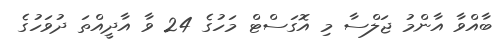
ބާއްވާ އާންމު ޖަލްސާ މި އޮގަސްޓް މަހުގެ 24 ވާ އާދީއްތަ ދުވަހުގެ